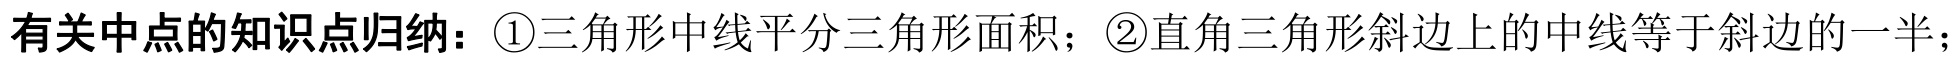
有关中点的知识点归纳：\textcircled{1}三角形中线平分三角形面积；\textcircled{2}直角三角形斜边上的中线等于斜边的一半；